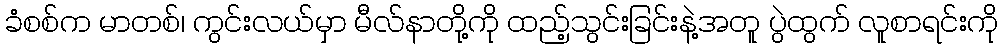
ခံစစ်က မာတစ်၊ ကွင်းလယ်မှာ မီလ်နာတို့ကို ထည့်သွင်းခြင်းနဲ့အတူ ပွဲထွက် လူစာရင်းကို